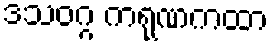
ဒသဝဂ္ဂ ကရုဏကထာ